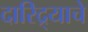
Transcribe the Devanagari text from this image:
दारिद्र्याचे